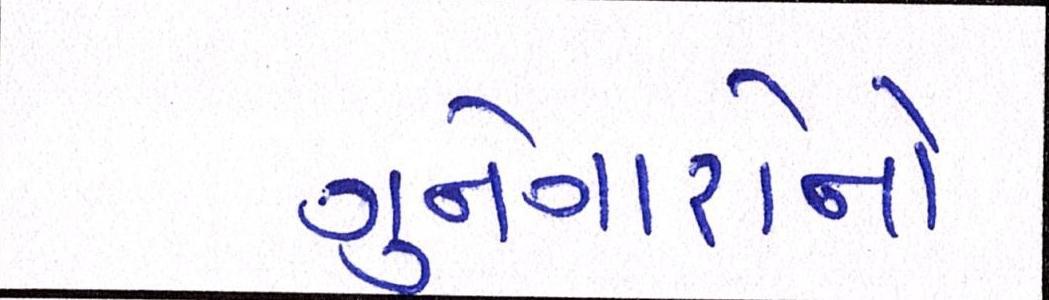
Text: ગુનેગારોને